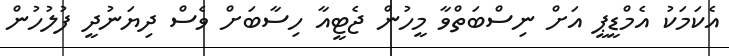
އެކަމަކު އެމްޑީޕީ އަށް ނިސްބަތްވާ މީހުން ޖެޓީއާ ހިސާބަށް ވެސް ދިޔަނުދީ ފުލުހުން